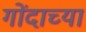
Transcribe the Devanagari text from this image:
गोंदाच्या